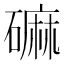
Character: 𪿳